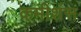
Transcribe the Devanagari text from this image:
कमीशंस